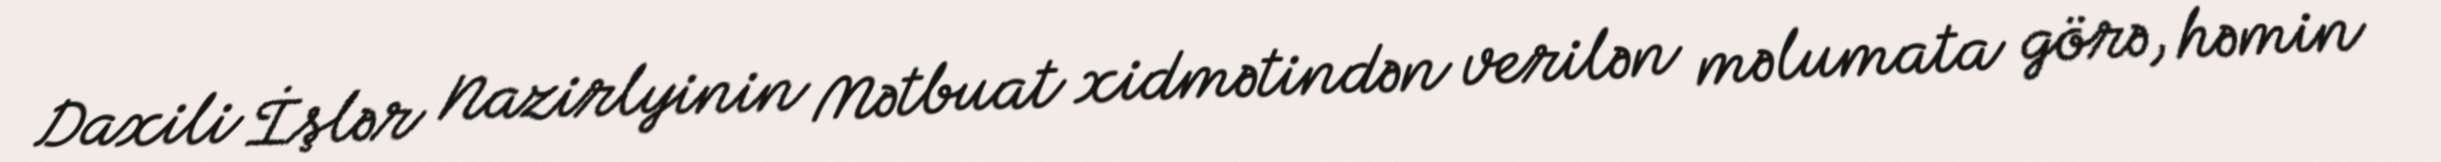
Daxili İşlər Nazirlyinin Mətbuat xidmətindən verilən məlumata görə, həmin